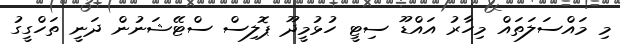
މި މައްސަލަތައް މިހާރު އައްޑޫ ސިޓީ ހުޅުމީދޫ ޕޮލިސް ސްޓޭޝަނުން ދަނީ ތަހްގީގު